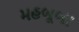
મહબૂબા